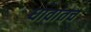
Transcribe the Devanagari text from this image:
धावांतच